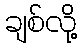
ချစ်လို့